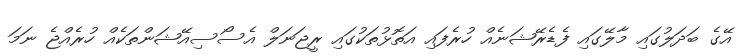
އޭގެ ބަދަލުގައި މާލޭގައި ފެޑެރޭޝަނެއް ހުރެފައި އަތޮޅުތަކުގައި ރީޖަނަލް އެސޯސިއޭޝަންތަކެއް ހުރެއްޖެ ނަމަ